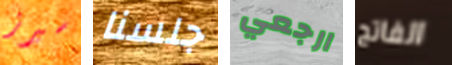
سيرز جلسنا ارجعي الفاتح